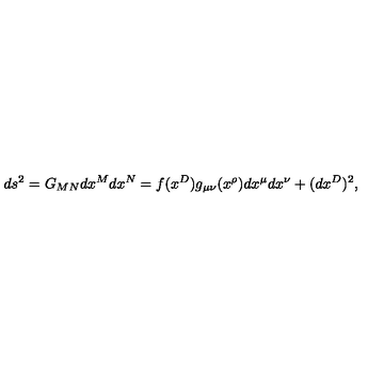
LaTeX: d s ^ { 2 } = G _ { M N } d x ^ { M } d x ^ { N } = f ( x ^ { D } ) g _ { \mu \nu } ( x ^ { \rho } ) d x ^ { \mu } d x ^ { \nu } + ( d x ^ { D } ) ^ { 2 } ,